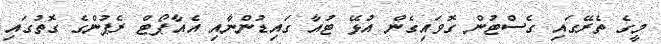
މީގެ ތެރޭގައި ގެސްޓުން ގޮވައިގެން އުޅޭ ޓުއާ ގައިޑުންނާއި އެއާޕޯޓް ރެޕުންގެ ގޮތުގައި